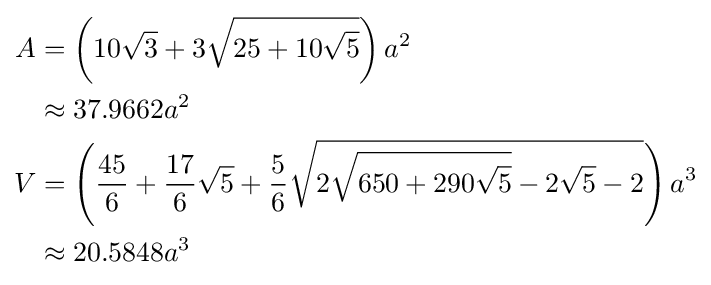
{\begin{aligned}A&=\left(10{\sqrt {3}}+3{\sqrt {25+10{\sqrt {5}}}}\right)a^{2}\\&\approx 37.9662a^{2}\\V&=\left({\frac {45}{6}}+{\frac {17}{6}}{\sqrt {5}}+{\frac {5}{6}}{\sqrt {2{\sqrt {650+290{\sqrt {5}}}}-2{\sqrt {5}}-2}}\right)a^{3}\\&\approx 20.5848a^{3}\end{aligned}}